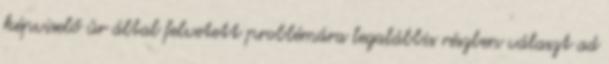
képviselő úr által felvetett problémára legalábbis részben választ ad